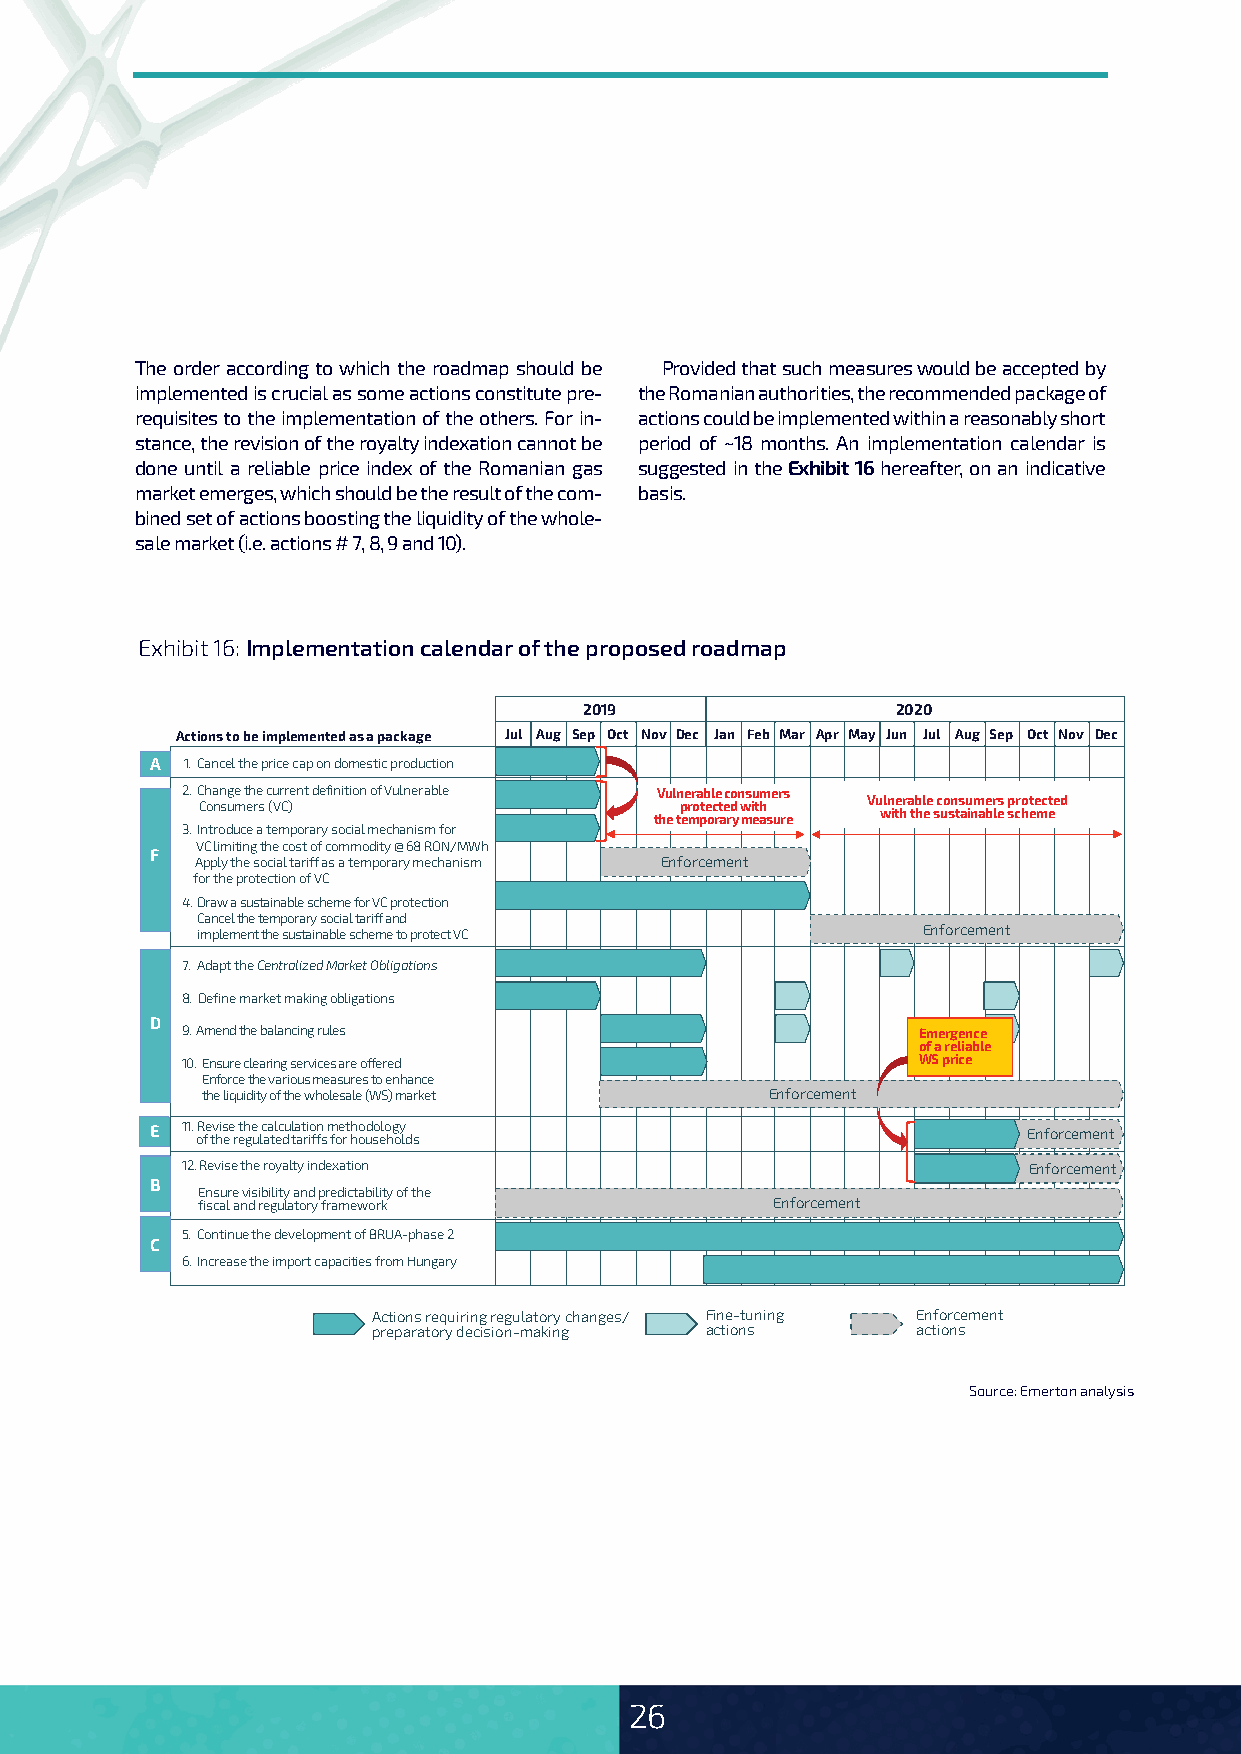
The order according to which the roadmap should be Provided that such measures would be accepted by
 implemented is crucial as some actions constitute pre- the Romanian authorities, the recommended package of
 requisites to the implementation of the others. For in- actions could be implemented within a reasonably short
 stance, the revision of the royalty indexation cannot be period of ~18 months. An implementation calendar is
 done until a reliable price index of the Romanian gas suggested in the Exhibit 16 hereafter, on an indicative
 market emerges, which should be the result of the com- basis.
 bined set of actions boosting the liquidity of the whole-
 sale market (i.e. actions # 7, 8, 9 and 10).
 Exhibit 16: Implementation calendar of the proposed roadmap
 2019                2020
 Actions to be implemented as a package Jul Aug Sep Oct Nov Dec Jan Feb Mar Apr May Jun Jul Aug Sep Oct Nov Dec
 A 1. Cancel the price cap on domestic production
 2. Change the current definition of Vulnerable Vulnerable consumers
 Consumers (VC)                  protected with Vulnerable consumers protected
 the temporary measure with the sustainable scheme
 3. Introduce a temporary social mechanism for
 VC limiting the cost of commodity @ 68 RON/MWh
 F
 Apply the social tariff as a temporary mechanism Enforcement
 for the protection of VC
 4. Draw a sustainable scheme for VC protection
 Cancel the temporary social tariff and
 implement the sustainable scheme to protect VC  Enforcement
 7. Adapt the Centralized Market Obligations
 8. Define market making obligations
 D
 9. Amend the balancing rules                     Emergence
 of a reliable
 10. Ensure clearing services are offered         WS price
 Enforce the various measures to enhance
 the liquidity of the wholesale (WS) market Enforcement
 E 1 1 . oR fe tv his ee r eth ge u lc aa tl ec du l ta at ri io ffn s m foe rt h ho od uo selo hg oy ld s Enforcement
 12. Revise the royalty indexation                       Enforcement
 B
 Ensure visibility and predictability of the
 fiscal and regulatory framework       Enforcement
 5. Continue the development of BRUA-phase 2
 C
 6. Increase the import capacities from Hungary
 Actions requiring regulatory changes/ Fine-tuning Enforcement
 preparatory decision-making actions actions
 Source: Emerton analysis
 26